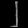
Digit: ၂